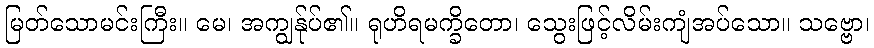
မြတ်သောမင်းကြီး။ မေ၊ အကျွန်ုပ်၏။ ရုဟိရမက္ခိတော၊ သွေးဖြင့်လိမ်းကျံအပ်သော။ သဗ္ဗော၊